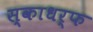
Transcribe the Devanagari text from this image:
स्काधर्फ